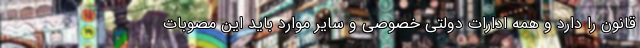
قانون را دارد و همه ادارات دولتی خصوصی و سایر موارد باید این مصوبات